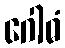
ဂေါဓံ